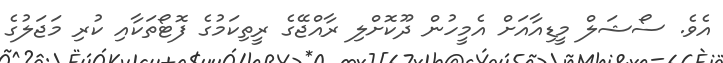
އެވެ. ސޯޝަލް މީޑިއާއަށް އެމީހުން ދޫކޮށްލި ރާއްޖޭގެ ރީތިކަމުގެ ފޮޓޯތަކާއި ކުރި މަޖަލުގެ